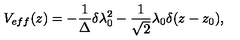
V _ { e f f } ( z ) = - \frac { 1 } { \Delta } \delta \lambda _ { 0 } ^ { 2 } - \frac { 1 } { \sqrt { 2 } } \lambda _ { 0 } \delta ( z - z _ { 0 } ) ,